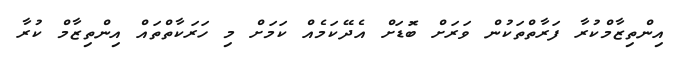
އިންތިޒާމްކުރާ ފަރާތްތަކުން ވަރަށް ބޮަޑަށް އެދޭކަމެއް ކަމަށް މި ހަރަކާތްތައް އިންތިޒާމް ކުރާ